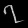
Digit: ၇